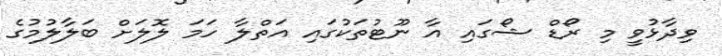
ވިދާޅުވީ މި ރޯޑް ޝޯގައި އާ ނޫޓުތަކުގައި އަތްލާ ހަމަ ލޮލަށް ބަލާލުމުގެ